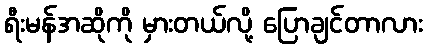
ရီးမန်အဆိုကို မှားတယ်လို့ ပြောချင်တာလား